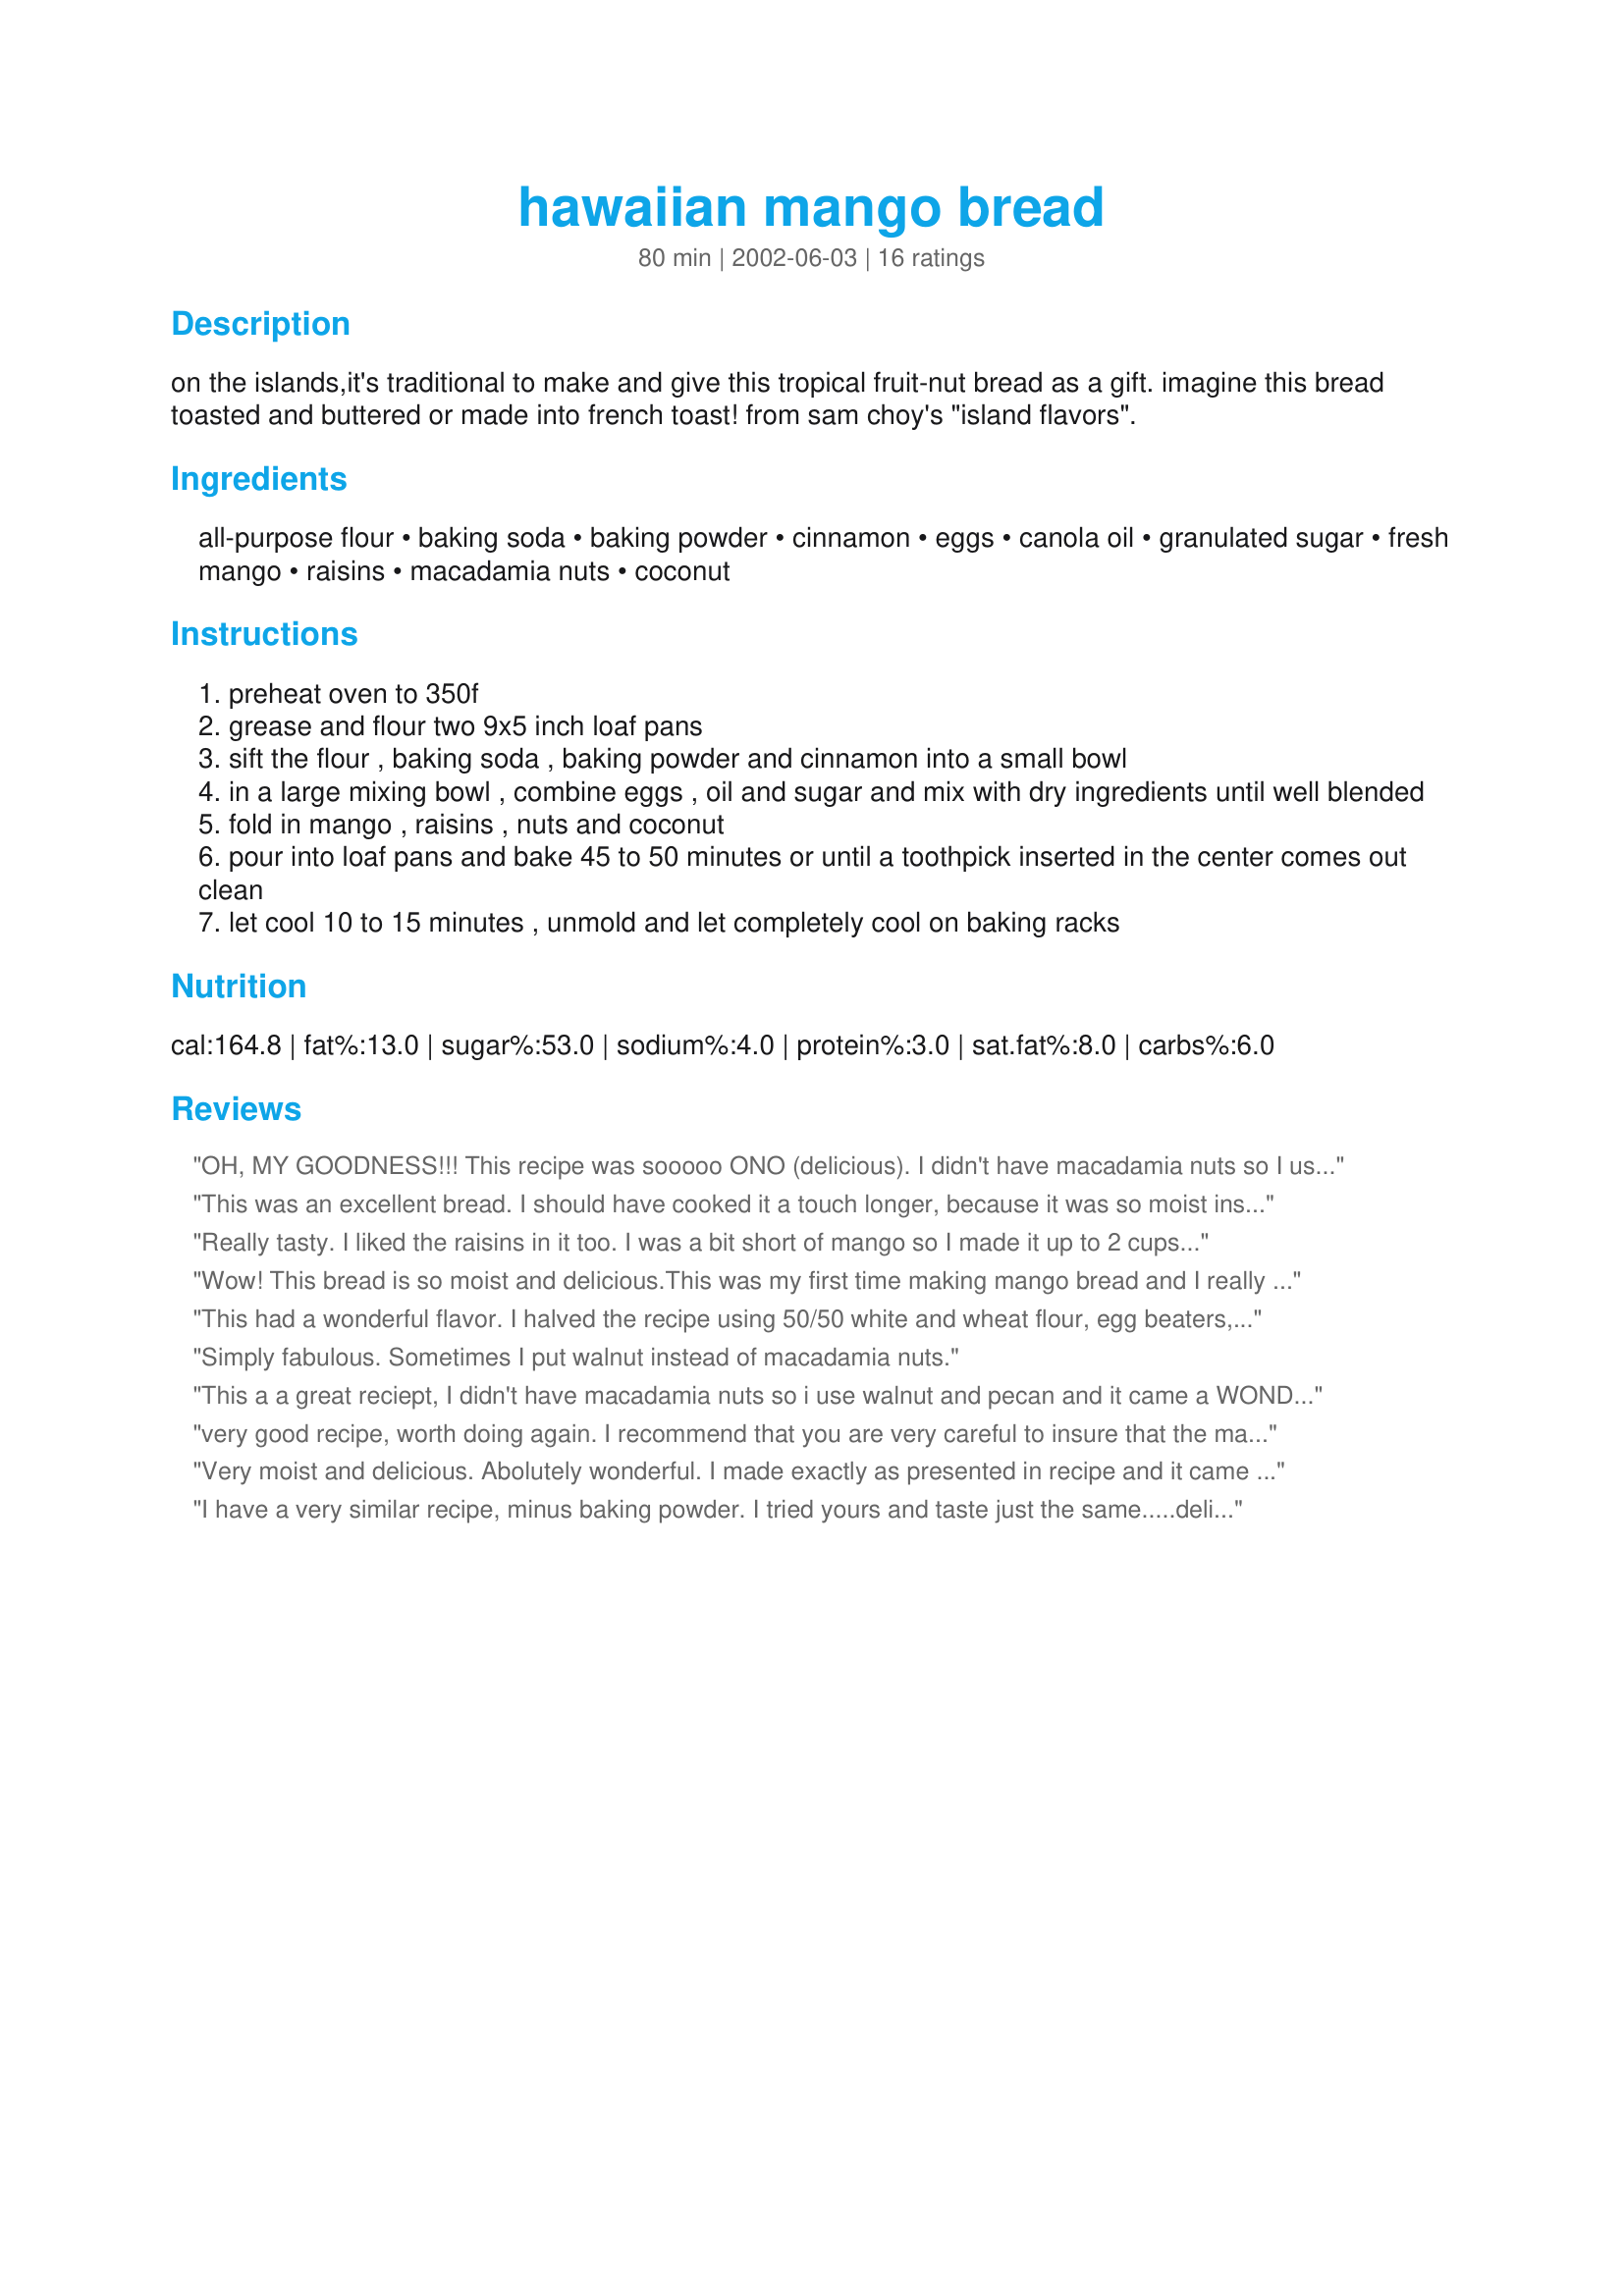
hawaiian mango bread
Preparation time: 80 minutes

on the islands,it's traditional to make and give this tropical fruit-nut bread as a gift. imagine this bread toasted and buttered or made into french toast! from sam choy's "island flavors".

Ingredients:
all-purpose flour, baking soda, baking powder, cinnamon, eggs, canola oil, granulated sugar, fresh mango, raisins, macadamia nuts, coconut

Steps:
preheat oven to 350f
grease and flour two 9x5 inch loaf pans
sift the flour , baking soda , baking powder and cinnamon into a small bowl
in a large mixing bowl , combine eggs , oil and sugar and mix with dry ingredients until well blended
fold in mango , raisins , nuts and coconut
pour into loaf pans and bake 45 to 50 minutes or until a toothpick inserted in the center comes out clean
let cool 10 to 15 minutes , unmold and let completely cool on baking racks

Reviews:
OH, MY GOODNESS!!! This recipe was sooooo ONO (delicious). I didn't have macadamia nuts so I used pecans. And didn't have any raisins either. I used mini loaf pans cause plan on giving out for Xmas. They turned out GREAT! So moist. I can imagine if I had macadamia nuts and raisins.....OH BOY....Going back to the store and buy some more mangoes and some macadamia nuts today.
This was an excellent bread. I should have cooked it a touch longer, because it was so moist inside that in was difficult to cut in the center. I served it at our Hawaiian Luau. Several people commented that they loved it and wanted the recipe. If you have any leftovers, it makes a good light breakfast.
Really tasty. I liked the raisins in it too. I was a bit short of mango so I made it up to 2 cups with some chopped pineapple which added a nice extra flavour. I have put one loaf in the freezer for later. Thanks Lorac!
Wow! This bread is so moist and delicious.This was my first time making mango bread and I really loved the flavor.This is my new favorite bread.It took about 3 large mangos to get the 2 cups.I did leave the coconut and nuts out this time because I didn't have them and I thought it was still fantastic.I'm glad I went ahead and added the raisins because I thought they went really well in this bread.I used applesauce for half the oil but I do that in all my breads now.I've already bought more mangos so I can make this again soon.
This had a wonderful flavor. I halved the recipe using 50/50 white and wheat flour, egg beaters, 1 tbsp Enova oil and the rest applesauce, 1 cup frozen mango and omitted the macadamia nuts. It certainly was yummy, but did crust over a bit on the outside before the center was done. Thank you for the recipe.
Simply fabulous. Sometimes I put walnut instead of macadamia nuts.

This a a great reciept, I didn't have macadamia nuts so i use walnut and pecan and it came a WONDERFUL!!!!
very good recipe, worth doing again. I recommend that you are very careful to insure that the mangoes are completely ripe. I used corn oil instead of cannola oil and decreased the amount of sugar to 1 cup.
Very moist and delicious. Abolutely wonderful. I made exactly as presented in recipe and it came out perfect.
I have a very similar recipe, minus baking powder. I tried yours and taste just the same.....delicious. ps I also decrease the sugar and cinnamon just a little for a picky eater here.
I run a vacation rental in Hawaii (vrbo.com/236604) and I make this bread for all of our guests. Everyone loves it and I have emailed a link to this website to many guests after they ask for the recipe. I make it exactly as described, only I pour the batter into two smaller 7-1/2" x 3-1/2"loaf pans, with the extra into a single size pan for my hubby. I use Mauna Loa Dry Roasted Macadamia Baking Pieces - they have a deeper flavor than non-roasted. I also use golden raisins. Even though I use smaller pans, I still bake it for the same time, and it is still moist. It really is delicious!
I used this recipe as a guide. I substituted coconut flour for the flour, honey and dates instead of sugar, chia gel for the eggs and puree&#039;d the mango. Everyone LOVED it!
I really liked the raisins and macadamian nuts. I wonder if you couldn't substitute pecans for a cheaper version. Two large mangos make up about two cups.
I didn't add the coconut nuts or raisins. but it came out good! I topped it with coconut in the end of the baking
My daughter picked this recipe to make for a luau party. It was very moist and yummy. We used pecans instead of macadamia nuts. Next time i would add nutmeg and almond extract to bring out the coconut and nut flavors.
This recipe is ABSOLUTELY delicious! Divine! I cut the mango into large cubes, gives a rich mango flavor!
